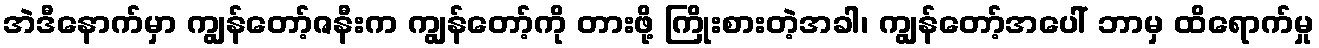
အဲဒီနောက်မှာ ကျွန်တော့်ဇနီးက ကျွန်တော့်ကို တားဖို့ ကြိုးစားတဲ့အခါ၊ ကျွန်တော့်အပေါ် ဘာမှ ထိရောက်မှု